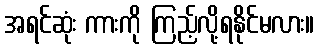
အရင်ဆုံး ကားကို ကြည့်လို့ရနိုင်မလား။